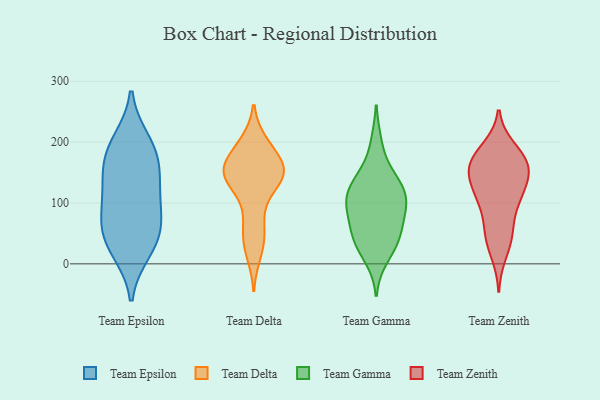
{"axis": {"x": "Tickets Resolved", "y": "Value"}, "legend": ["Team Delta", "Team Epsilon", "Team Gamma", "Team Zenith"], "data": [{"x": "", "y": 200, "type": "Team Epsilon"}, {"x": "", "y": 85, "type": "Team Epsilon"}, {"x": "", "y": 33, "type": "Team Epsilon"}, {"x": "", "y": 54, "type": "Team Epsilon"}, {"x": "", "y": 161, "type": "Team Epsilon"}, {"x": "", "y": 190, "type": "Team Epsilon"}, {"x": "", "y": 60, "type": "Team Epsilon"}, {"x": "", "y": 119, "type": "Team Epsilon"}, {"x": "", "y": 23, "type": "Team Epsilon"}, {"x": "", "y": 166, "type": "Team Epsilon"}, {"x": "", "y": 117, "type": "Team Epsilon"}, {"x": "", "y": 156, "type": "Team Delta"}, {"x": "", "y": 149, "type": "Team Delta"}, {"x": "", "y": 149, "type": "Team Delta"}, {"x": "", "y": 194, "type": "Team Delta"}, {"x": "", "y": 31, "type": "Team Delta"}, {"x": "", "y": 199, "type": "Team Delta"}, {"x": "", "y": 50, "type": "Team Delta"}, {"x": "", "y": 141, "type": "Team Delta"}, {"x": "", "y": 17, "type": "Team Delta"}, {"x": "", "y": 91, "type": "Team Delta"}, {"x": "", "y": 129, "type": "Team Delta"}, {"x": "", "y": 192, "type": "Team Delta"}, {"x": "", "y": 144, "type": "Team Delta"}, {"x": "", "y": 161, "type": "Team Delta"}, {"x": "", "y": 162, "type": "Team Delta"}, {"x": "", "y": 156, "type": "Team Delta"}, {"x": "", "y": 136, "type": "Team Delta"}, {"x": "", "y": 63, "type": "Team Delta"}, {"x": "", "y": 32, "type": "Team Gamma"}, {"x": "", "y": 79, "type": "Team Gamma"}, {"x": "", "y": 40, "type": "Team Gamma"}, {"x": "", "y": 141, "type": "Team Gamma"}, {"x": "", "y": 111, "type": "Team Gamma"}, {"x": "", "y": 86, "type": "Team Gamma"}, {"x": "", "y": 45, "type": "Team Gamma"}, {"x": "", "y": 10, "type": "Team Gamma"}, {"x": "", "y": 198, "type": "Team Gamma"}, {"x": "", "y": 145, "type": "Team Gamma"}, {"x": "", "y": 123, "type": "Team Gamma"}, {"x": "", "y": 49, "type": "Team Gamma"}, {"x": "", "y": 91, "type": "Team Gamma"}, {"x": "", "y": 117, "type": "Team Gamma"}, {"x": "", "y": 105, "type": "Team Gamma"}, {"x": "", "y": 120, "type": "Team Zenith"}, {"x": "", "y": 155, "type": "Team Zenith"}, {"x": "", "y": 163, "type": "Team Zenith"}, {"x": "", "y": 171, "type": "Team Zenith"}, {"x": "", "y": 190, "type": "Team Zenith"}, {"x": "", "y": 82, "type": "Team Zenith"}, {"x": "", "y": 129, "type": "Team Zenith"}, {"x": "", "y": 156, "type": "Team Zenith"}, {"x": "", "y": 112, "type": "Team Zenith"}, {"x": "", "y": 188, "type": "Team Zenith"}, {"x": "", "y": 109, "type": "Team Zenith"}, {"x": "", "y": 168, "type": "Team Zenith"}, {"x": "", "y": 48, "type": "Team Zenith"}, {"x": "", "y": 16, "type": "Team Zenith"}, {"x": "", "y": 108, "type": "Team Zenith"}, {"x": "", "y": 48, "type": "Team Zenith"}, {"x": "", "y": 158, "type": "Team Zenith"}, {"x": "", "y": 44, "type": "Team Zenith"}, {"x": "", "y": 151, "type": "Team Zenith"}]}